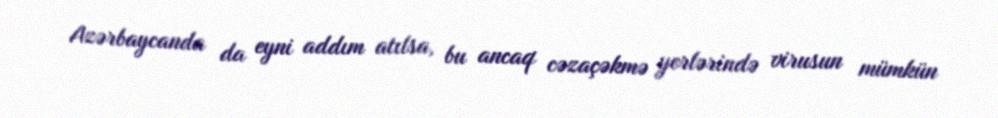
Azərbaycanda da eyni addım atılsa, bu ancaq cəzaçəkmə yerlərində virusun mümkün